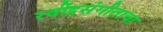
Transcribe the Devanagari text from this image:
रवींद्रसंगीताचा